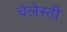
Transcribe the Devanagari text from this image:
चेलेस्ती